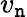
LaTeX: v_{\mathtt{n}}